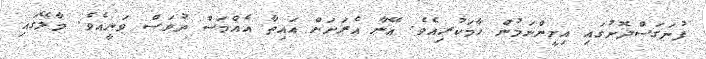
ފުނަގަސްދޮށުގައި އިށީންނަމުން ހާމަކުރިއެވެ. އޭނާ އެރަށަށް އައިތާ އެއްމަސް ދުވަސް ވަނީއެވެ. މާލޭގައި